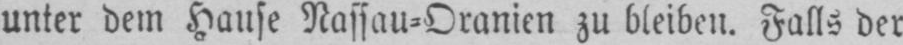
unter dem Hause Nassau⸗Oranien zu bleiben. Falls der